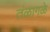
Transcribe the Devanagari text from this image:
तंळागळे